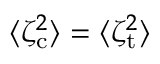
\langle \zeta _ { \mathrm { c } } ^ { 2 } \rangle = \langle \zeta _ { \mathrm { t } } ^ { 2 } \rangle